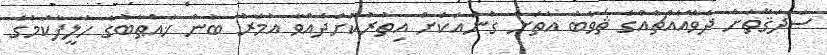
ޞަދަޤާތަށް ދެވޭއެއްޗެއްގެ ޘަވާބު އެތަށް ގުނައަކަށް އިތުރުކޮށްދެއްވާ އުމަރު ބުން ޚައްޠާބުގެ ހަލީފާކަމުގެ